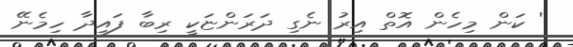
' ކަން މިހެން އޮތް އިރު ނެގި ދަރަންޏަކީ ރިބާ ފައިދާ ހިމެނޭ